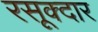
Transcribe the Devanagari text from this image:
रसूक्दार